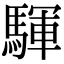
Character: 䮝